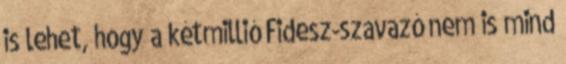
is lehet, hogy a kétmillió Fidesz-szavazó nem is mind